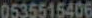
0535515406